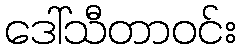
ဒေါ်သီတာဝင်း